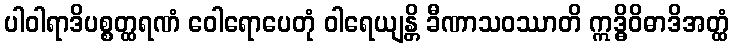
ပါဝါရာဒိပစ္စတ္ထရဏံ ဝေါရောပေတုံ ဝါရေယျန္တိ ခီဏာသဝဿာတိ ဣဒ္ဓိဝိဓာဒိအတ္ထံ